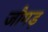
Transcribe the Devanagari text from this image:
जौगड़